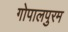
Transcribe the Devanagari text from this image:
गोपालपुरम